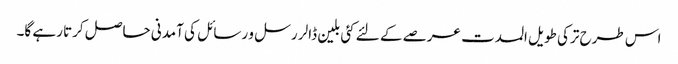
اس طرح ترکی طویل المدت عرصے کے لئے کئی بلین ڈالر رسل و رسائل کی آمدنی حاصل کرتا رہے گا۔